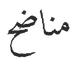
مناضح